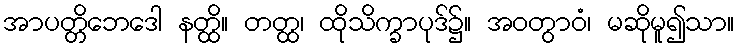
အာပတ္တိဘေဒေါ နတ္ထိ။ တတ္ထ၊ ထိုသိက္ခာပုဒ်၌။ အဝတွာဝံ၊ မဆိုမူ၍သာ။